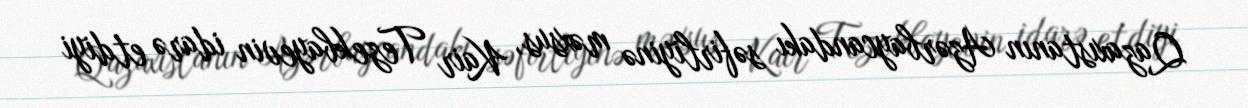
Qazaxıstanın Azərbaycandakı səfirliyinə məxsus, Kair Tezekbayevin idarə etdiyi